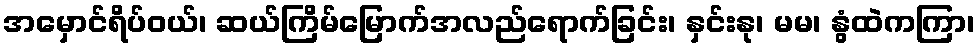
အမှောင်ရိပ်ဝယ်၊ ဆယ်ကြိမ်မြောက်အလည်ရောက်ခြင်း၊ နှင်းနု၊ မမ၊ နွံထဲကကြာ၊